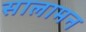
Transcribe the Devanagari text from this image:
सालामन